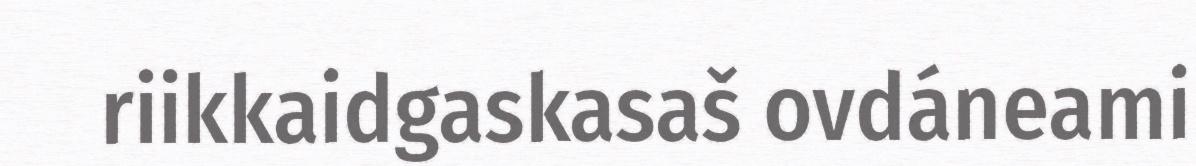
riikkaidgaskasaš ovdáneami